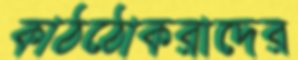
কাঠঠোকরাদের